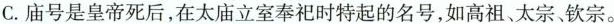
C. 庙号是皇帝死后，在太庙立室奉祀时特起的名号，如高祖太宗钦宗。